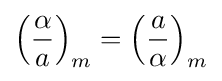
\left({\frac {\alpha }{a}}\right)_{m}=\left({\frac {a}{\alpha }}\right)_{m}